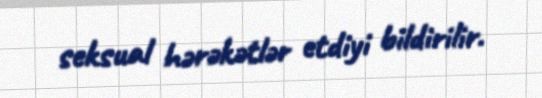
seksual hərəkətlər etdiyi bildirilir.